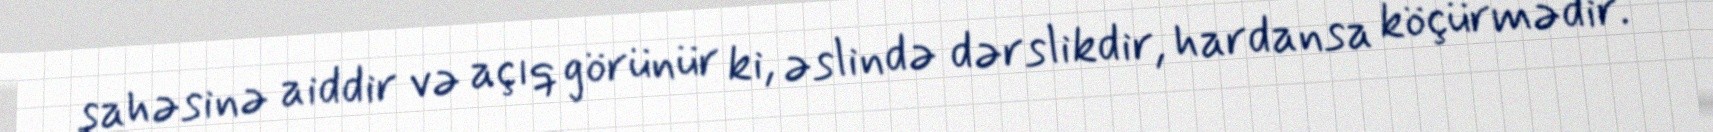
sahəsinə aiddir və açıq görünür ki, əslində dərslikdir, hardansa köçürmədir.